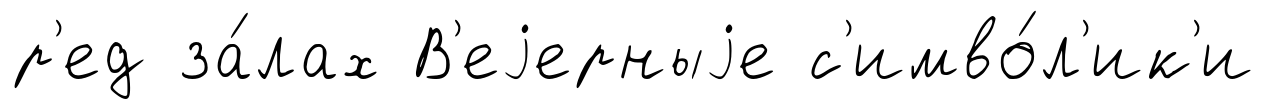
р'ед за́лах В'еjерныjе с'имво́л'ик'и